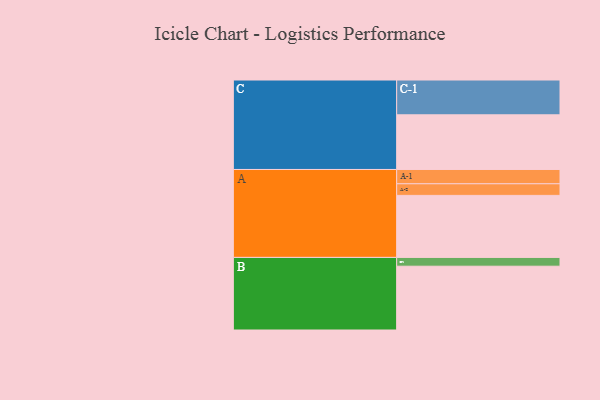
{"axis": {"x": "Segment", "y": "Value"}, "legend": ["", "A", "B", "C"], "data": [{"x": "A", "y": 529, "type": ""}, {"x": "B", "y": 544, "type": ""}, {"x": "C", "y": 466, "type": ""}, {"x": "A-1", "y": 122, "type": "A"}, {"x": "A-2", "y": 99, "type": "A"}, {"x": "B-1", "y": 75, "type": "B"}, {"x": "C-1", "y": 297, "type": "C"}]}